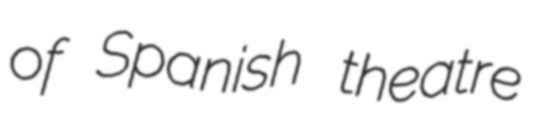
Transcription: of Spanish theatre